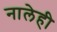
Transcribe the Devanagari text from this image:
नालेही